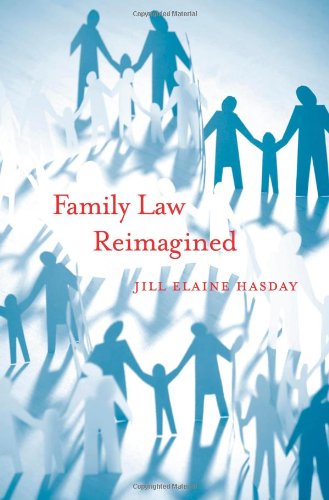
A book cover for Family Law Reimagined; Jill Elaine Hasday; Law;